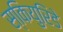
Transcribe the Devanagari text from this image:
स्कियुरिडे